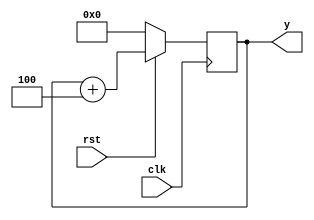
`timescale 1ns / 1ps

module counter_loop(clk,rst,y);
input clk,rst;
output reg [3:0]y;

always@(posedge clk)

	begin
	if(!rst)
		y=4'b0000;
	else 
	 y = y+4;
	
	end
endmodule